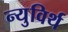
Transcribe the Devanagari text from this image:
न्युविर्थ